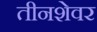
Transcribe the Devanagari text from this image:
तीनशेवर